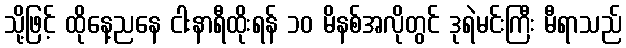
သို့ဖြင့် ထိုနေ့ညနေ ငါးနာရီထိုးရန် ၁၀ မိနစ်အလိုတွင် ဒုရဲမင်းကြီး မီရာသည်